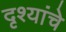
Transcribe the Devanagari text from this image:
दृश्यांचे